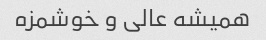
همیشه عالی و خوشمزه